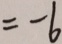
= - 6